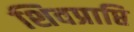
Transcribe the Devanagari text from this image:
शिवप्राप्ति